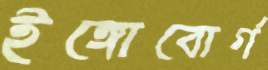
ইঙ্গোবোর্গ